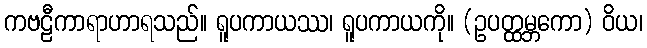
ကဗဠီကာရာဟာရသည်။ ရူပကာယဿ၊ ရူပကာယကို။ (ဥပတ္ထမ္ဘကော) ဝိယ၊